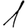
Digit: 1